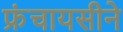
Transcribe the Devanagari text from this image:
फ्रंचायसीने